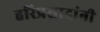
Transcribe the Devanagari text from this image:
हरिप्रसादांनी